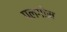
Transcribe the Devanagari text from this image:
पलगोन